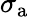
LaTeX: \sigma_{\mathrm{a}}